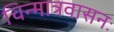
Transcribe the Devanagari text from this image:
चिन्मात्रवासनः